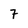
Character: 7